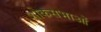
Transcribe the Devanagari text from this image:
शोकसभाओं